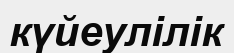
күйеулілік